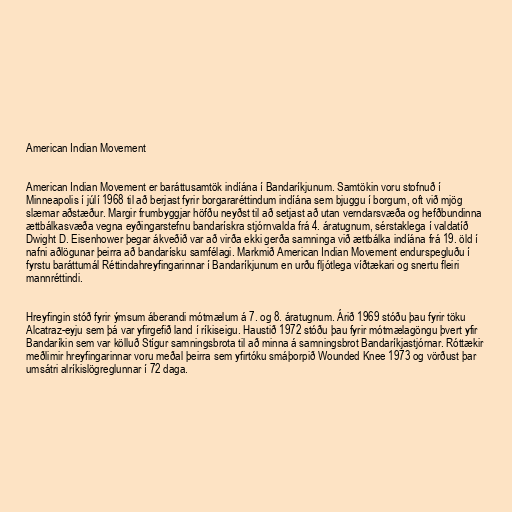
American Indian Movement

American Indian Movement er baráttusamtök indíána í Bandaríkjunum. Samtökin voru stofnuð í
Minneapolis í júlí 1968 til að berjast fyrir borgararéttindum indíána sem bjuggu í borgum, oft við mjög
slæmar aðstæður. Margir frumbyggjar höfðu neyðst til að setjast að utan verndarsvæða og hefðbundinna
ættbálkasvæða vegna eyðingarstefnu bandarískra stjórnvalda frá 4. áratugnum, sérstaklega í valdatíð
Dwight D. Eisenhower þegar ákveðið var að virða ekki gerða samninga við ættbálka indíána frá 19. öld í
nafni aðlögunar þeirra að bandarísku samfélagi. Markmið American Indian Movement endurspegluðu í
fyrstu baráttumál Réttindahreyfingarinnar í Bandaríkjunum en urðu fljótlega víðtækari og snertu fleiri
mannréttindi.

Hreyfingin stóð fyrir ýmsum áberandi mótmælum á 7. og 8. áratugnum. Árið 1969 stóðu þau fyrir töku
Alcatraz-eyju sem þá var yfirgefið land í ríkiseigu. Haustið 1972 stóðu þau fyrir mótmælagöngu þvert yfir
Bandaríkin sem var kölluð Stígur samningsbrota til að minna á samningsbrot Bandaríkjastjórnar. Róttækir
meðlimir hreyfingarinnar voru meðal þeirra sem yfirtóku smáþorpið Wounded Knee 1973 og vörðust þar
umsátri alríkislögreglunnar í 72 daga.